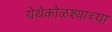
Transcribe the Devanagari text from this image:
येथेकोळश्याच्या